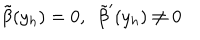
\tilde { \beta } ( y _ { h } ) = 0 , \ \ \tilde { \beta } ^ { \prime } ( y _ { h } ) \ne 0